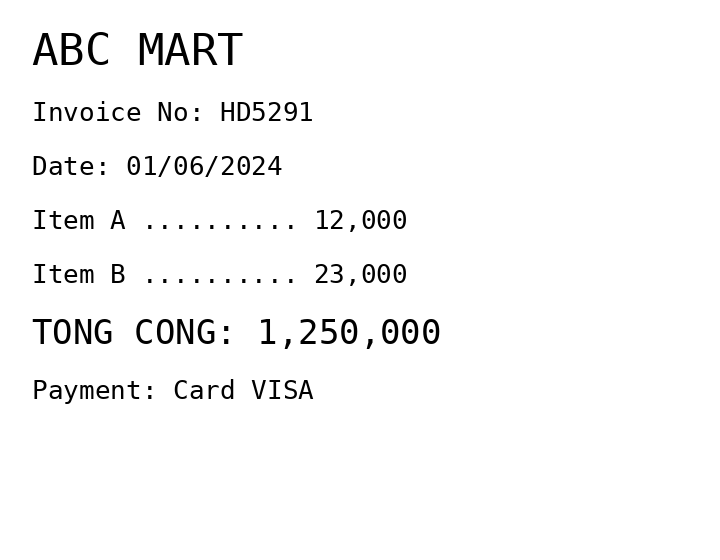
ABC MART
Invoice No: HD5291
Date: 01/06/2024
Item A .......... 12,000
Item B .......... 23,000
TONG CONG: 1,250,000
Payment: Card VISA
Merchant: abc mart
Date: 2024-06-01
Total: 1250000
Invoice No: HD5291
Payment method: CARD